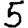
Digit: 5